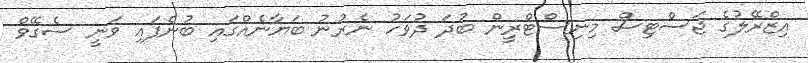
އިޒްރޭލުގެ ޖަސްޓިސް މިނިސްޓްރީން ބުދަ ދުވަހު ނެރުނު ބަޔާނެއްގައި ބުނެފައި ވަނީ ސެގޭވް